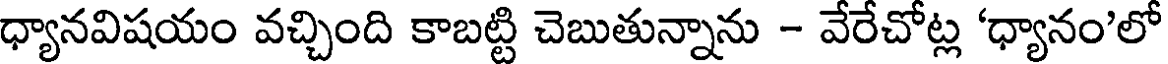
ధ్యానవిషయం వచ్చింది కాబట్టి చెబుతున్నాను - వేరేచోట్ల 'ధ్యానం'లో